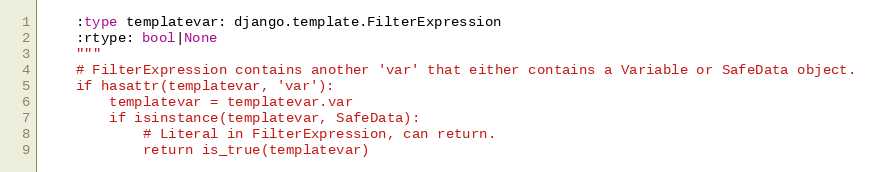
Language: Python
    :type templatevar: django.template.FilterExpression
    :rtype: bool|None
    """
    # FilterExpression contains another 'var' that either contains a Variable or SafeData object.
    if hasattr(templatevar, 'var'):
        templatevar = templatevar.var
        if isinstance(templatevar, SafeData):
            # Literal in FilterExpression, can return.
            return is_true(templatevar)